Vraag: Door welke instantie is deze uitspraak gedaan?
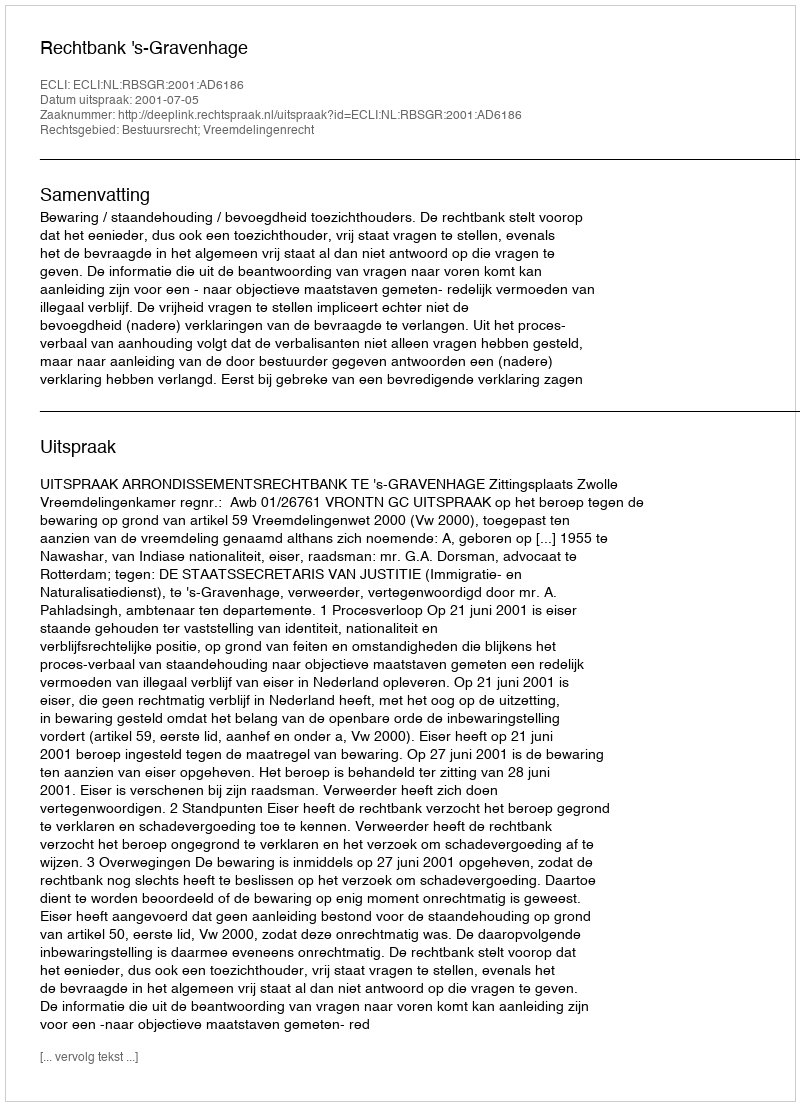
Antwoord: Rechtbank 's-Gravenhage